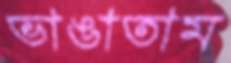
ভাঙাতাম